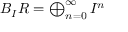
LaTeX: B _ { I } R = \textstyle \bigoplus _ { n = 0 } ^ { \infty } I ^ { n }